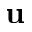
\mathbf { u }